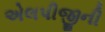
એલપીજીની